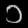
Digit: ၁